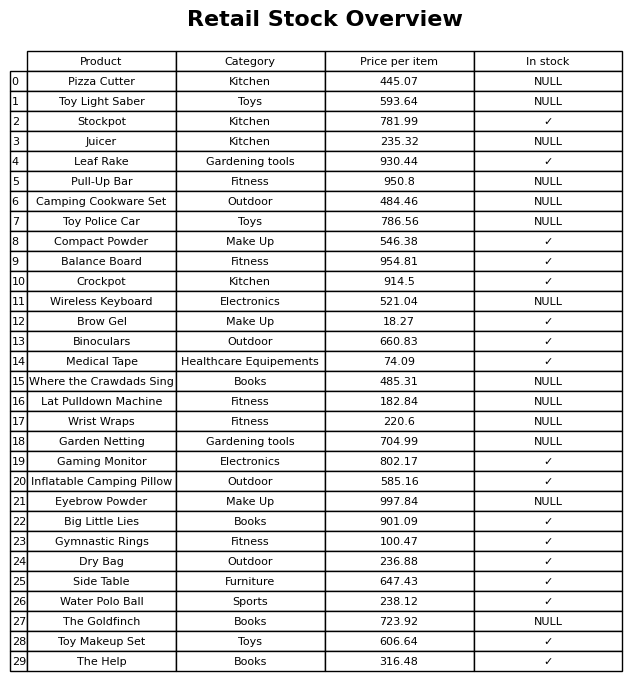
question: What is the stock status of the Pull-Up Bar?
answer: NULL